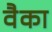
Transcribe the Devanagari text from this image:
वैका